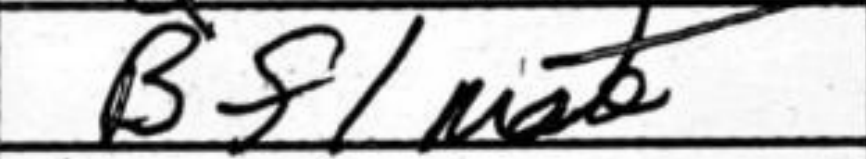
Transcription: Bf1